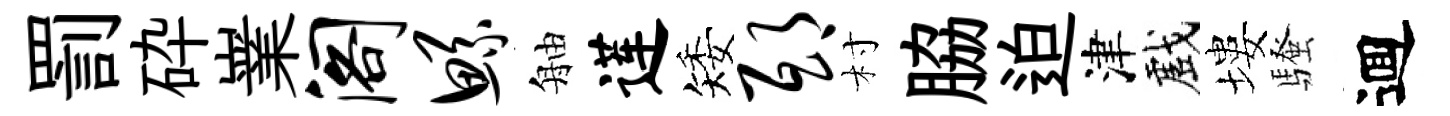
罰砕嶪阁鲧舳莲矮邸村脇迫津戲塿騷逥